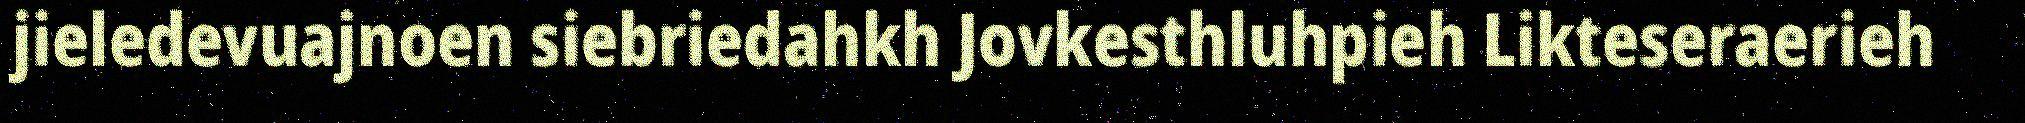
jieledevuajnoen siebriedahkh Jovkesthluhpieh Likteseraerieh